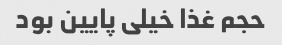
حجم غذا خیلی پایین بود